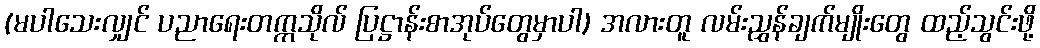
(မပါသေးလျှင် ပညာရေးတက္ကသိုလ် ပြဋ္ဌာန်းစာအုပ်တွေမှာပါ) အလားတူ လမ်းညွှန်ချက်မျိုးတွေ ထည့်သွင်းဖို့